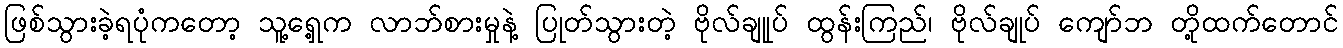
ဖြစ်သွားခဲ့ရပုံကတော့ သူ့ရှေ့က လာဘ်စားမှုနဲ့ ပြုတ်သွားတဲ့ ဗိုလ်ချုုပ် ထွန်းကြည်၊ ဗိုလ်ချုပ် ကျော်ဘ တို့ထက်တောင်